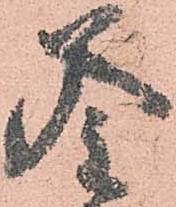
釜